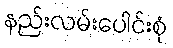
နည်းလမ်းပေါင်းစုံ